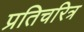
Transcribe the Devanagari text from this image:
प्रतिचरित्र